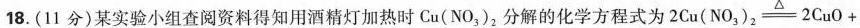
18. (11分)某实验小组查阅资料得知用酒精灯加热时Cu(NO_{3})_{2}分解的化学方程式为 $$2 C u (NO_{3})_{2} \xlongequal [ ] { △} 2 C u O +